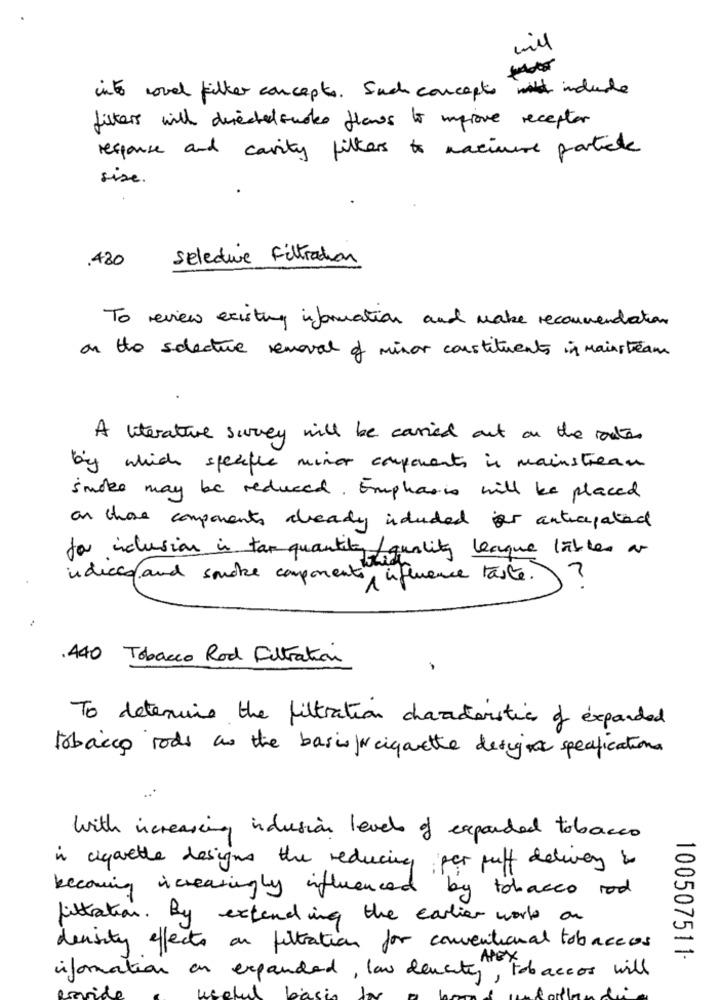
into novel filter concepts. Such concepts with include
filters will directed sucks flaws to improve receptor
response and cavity filters to maciume particle
sise .
selecture Filtration
.420
To review existing information and make recommendations
on the selecture removal of minor constituents in mainstream
A literature survey will be carried out on the rates
by which sperfle minor components is mainstream
smoke may be reduced. Emphasis will be placed
on those components already induded r anticipated
for inclusion in tar quantity /quality league lables ar
2
indices and smoke component which
1 inference taste.
.440 Tobacco Rod Filtration
To determine the filtration characteristic of expanded
tobacco rods as the basis\Ncigarette design specifications
with increasing inclusión levels of expanded tobacco
in cigarette designs the reducing por puff delivery is
becoming increasingly influenced by tobacco rod
filtration. By extending the earlier work on
density effects on filtration for conventional tobaccos
Alex
100507511-
information on expanded, low density, tobaccos will